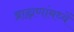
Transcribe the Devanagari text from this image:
ब्राह्मणांमध्यें